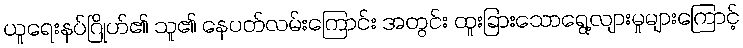
ယူရေးနပ်ဂြိုဟ်၏ သူ၏ နေပတ်လမ်းကြောင်း အတွင်း ထူးခြားသောရွေ့လျားမှုများကြောင့်